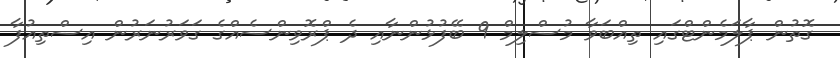
ގޮތުން ޕާލަމެންޓްގައި ތިއްބަވާ މުސްލިމް 9 ބޭފުޅުންނާއި ދެ ޕްރޮވިންސެއްގެ ގަވަރުނަރުން އިސްތިއުފާ